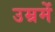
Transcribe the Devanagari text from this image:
उम्रमें